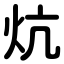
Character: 炕